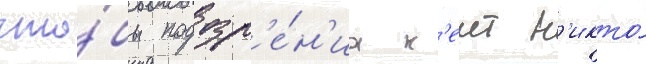
что́бы подозр'е́н'иа к'еит н'икто́